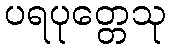
ပရပုတ္တေသု